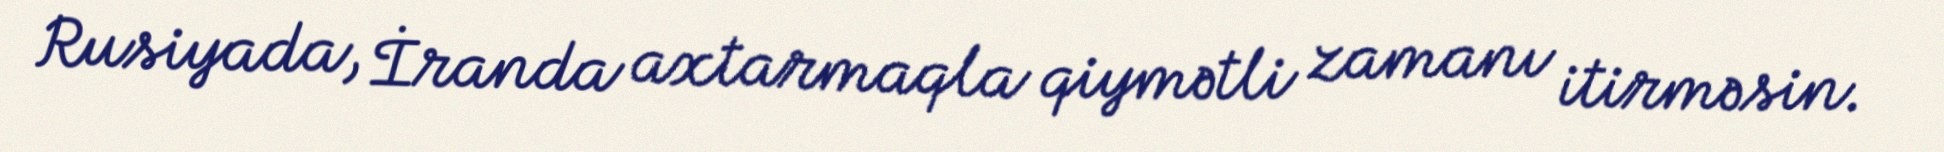
Rusiyada, İranda axtarmaqla qiymətli zamanı itirməsin.